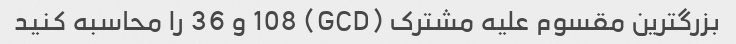
بزرگترین مقسوم علیه مشترک (GCD) 108 و 36 را محاسبه کنید